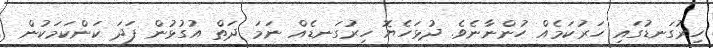
ހިރުގަނޑުގައި ހަރުކަމެއް ހުންނާނެވެ. ދުޅަހެޔޮ ހިރުގަނޑެއް ނަމަ ދަތް އުގުޅުން ފަދަ ކަންކަމަކުން